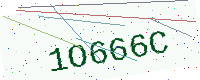
Text: 1O666C